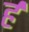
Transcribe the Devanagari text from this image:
र्ह